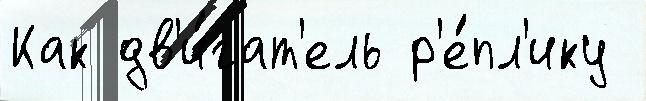
Как дв'и́гат'ель р'е́пл'ику